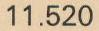
11.520